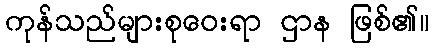
ကုန်သည်များစုဝေးရာ ဌာန ဖြစ်၏။